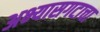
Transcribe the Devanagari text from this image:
अभ्यासगटाचा